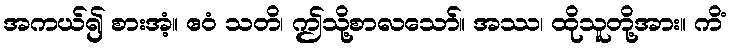
အကယ်၍ စားအံ့။ ဧဝံ သတိ၊ ဤသို့စာလသော်။ အဿ၊ ထိုသူတို့အား။ ကိံ